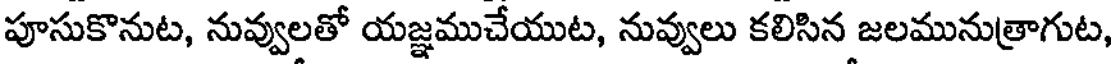
పూసుకొనుట, నువ్వులతో యజ్ఞముచేయుట, నువ్వులు కలిసిన జలమునుత్రాగుట,